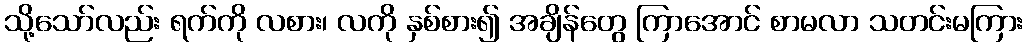
သို့သော်လည်း ရက်ကို လစား၊ လကို နှစ်စား၍ အချိန်တွေ ကြာအောင် စာမလာ သတင်းမကြား